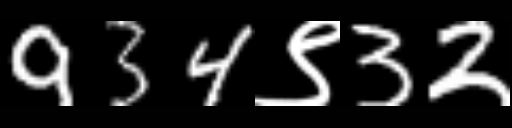
Text: 934९32